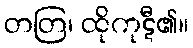
တတြ၊ ထိုကုဋီ၏။